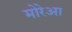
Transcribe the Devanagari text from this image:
मोरेआ